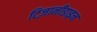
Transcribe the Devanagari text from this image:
टिज़ानीडाइन